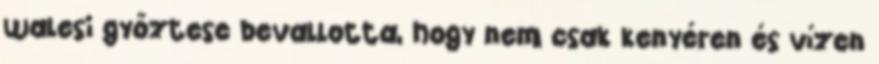
walesi győztese bevallotta, hogy nem csak kenyéren és vízen